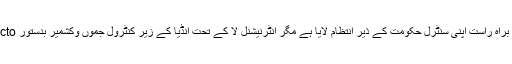
جموں وکشمیر کی خصوصی حیثیت ختم کرکے حالیہ دنوں میں مودی سرکار نے جموں و کشمیر کو براہ راست اپنی سنٹرل حکومت کے ذیر انتظام لایا ہے مگر انٹرنیشنل لا کے تحت انڈیا کے زیر کنٹرول جموں وکشمیر بدستور Defactoعلاقے ہی تصور ہونگے جس طرح پاکستان کے زیر انتظام آزاد کشمیر اور گلگت بلتستان ہیں۔